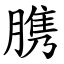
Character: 䐪